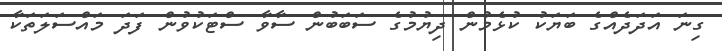
ގިނަ އަދަދެއްގެ ބަޔަކު ކުޅެމުން ދިޔުމުގެ ސަބަބުން ސާވާ ސްޓަކުވުން ފަދަ މައްސަލަތަކާ